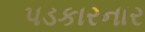
પડકારનાર